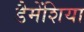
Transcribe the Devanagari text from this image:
डैमेंशिया